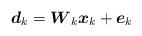
LaTeX: \begin{align*}{{\boldsymbol{d}}_k} = {{\boldsymbol{W}}_k}{{\boldsymbol{x}}_k} + {{\boldsymbol{e}}_k}\end{align*}